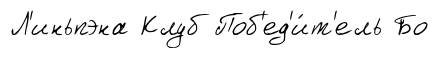
Л'иньпэна Клуб Поб'ед'и́т'ель Бо